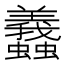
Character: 𧕶